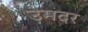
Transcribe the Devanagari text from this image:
उमदर